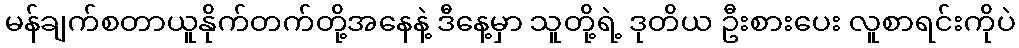
မန်ချက်စတာယူနိုက်တက်တို့အနေနဲ့ ဒီနေ့မှာ သူတို့ရဲ့ ဒုတိယ ဦးစားပေး လူစာရင်းကိုပဲ